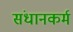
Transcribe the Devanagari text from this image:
संधानकर्म